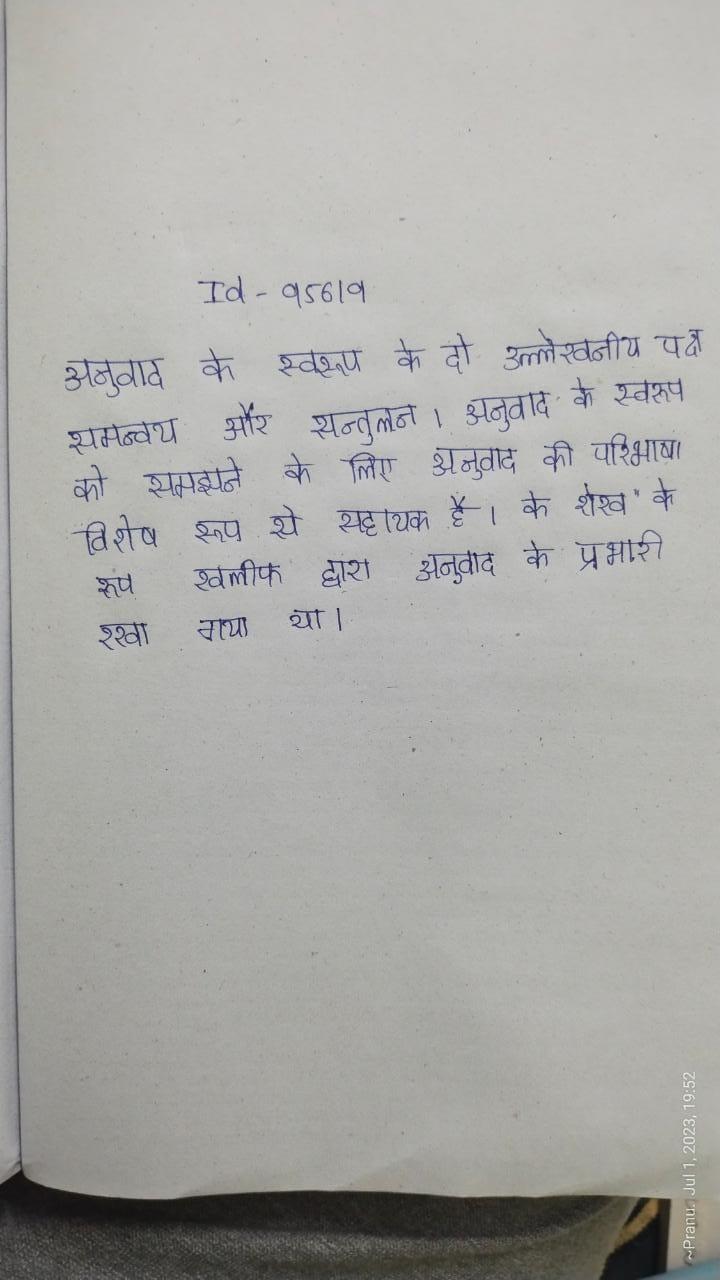
अनुवाद के स्वरूप के दो उल्लेखनीय पक्ष - समन्वय और सन्तुलन । अनुवाद के स्वरूप को समझने के लिए अनुवाद की परिभाषा विशेष रूप से सहायक है । के शेख" के रूप खलीफ द्वारा अनुवाद के प्रभारी रखा गया था ।